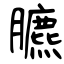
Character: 臕